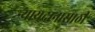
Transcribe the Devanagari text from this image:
न्यायदानासाठी